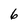
Character: 6